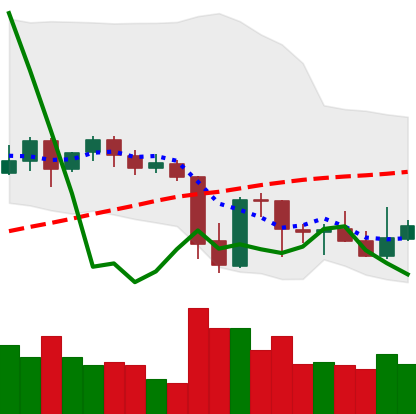
Ticker: XRP-USD
Chart end date: 2021-09-30
Forward return: 13.947%
Label: up_7plus